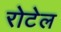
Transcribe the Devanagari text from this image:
रोटेल